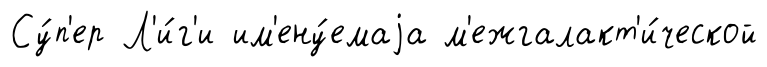
Су́п'ер Л'и́г'и им'ену́емаjа м'ежгалакт'и́ческой